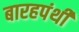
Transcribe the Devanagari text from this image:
बारहपंथी